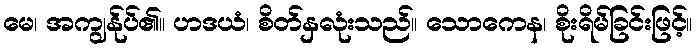
မေ၊ အကျွန်ုပ်၏။ ဟဒယံ၊ စိတ်နှလုံးသည်။ သောကေန၊ စိုးရိမ်ခြင်းဖြင့်။